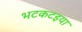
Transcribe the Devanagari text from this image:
भटकटइया